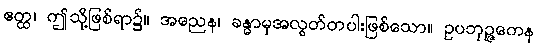
ဧတ္ထ၊ ဤသို့ဖြစ်ရာ၌။ အညေန၊ ခန္ဓာမှအလွတ်တပါးဖြစ်သော။ ဥပဘုဉ္ဇကေန